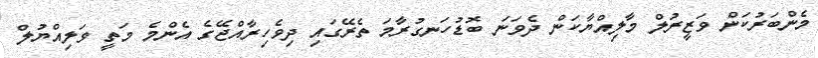
މެންބަރުކަން ވަޒީރުލް މާލިއްޔާކަން ދެވަނަ ބޮޑުހަނގުރާމަ ތެރޭގައި ދިވެހިރާއްޖޭގެ އެންމެ މަތީ ވަލިއްޔުލް